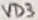
Text: VD3